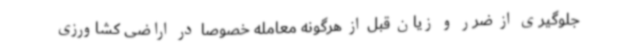
جلوگیری از ضرر و زیان قبل از هرگونه معامله خصوصاً در اراضی کشاورزی